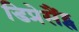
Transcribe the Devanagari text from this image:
डिप्रेसैंट्स